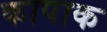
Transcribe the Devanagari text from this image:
कापाक